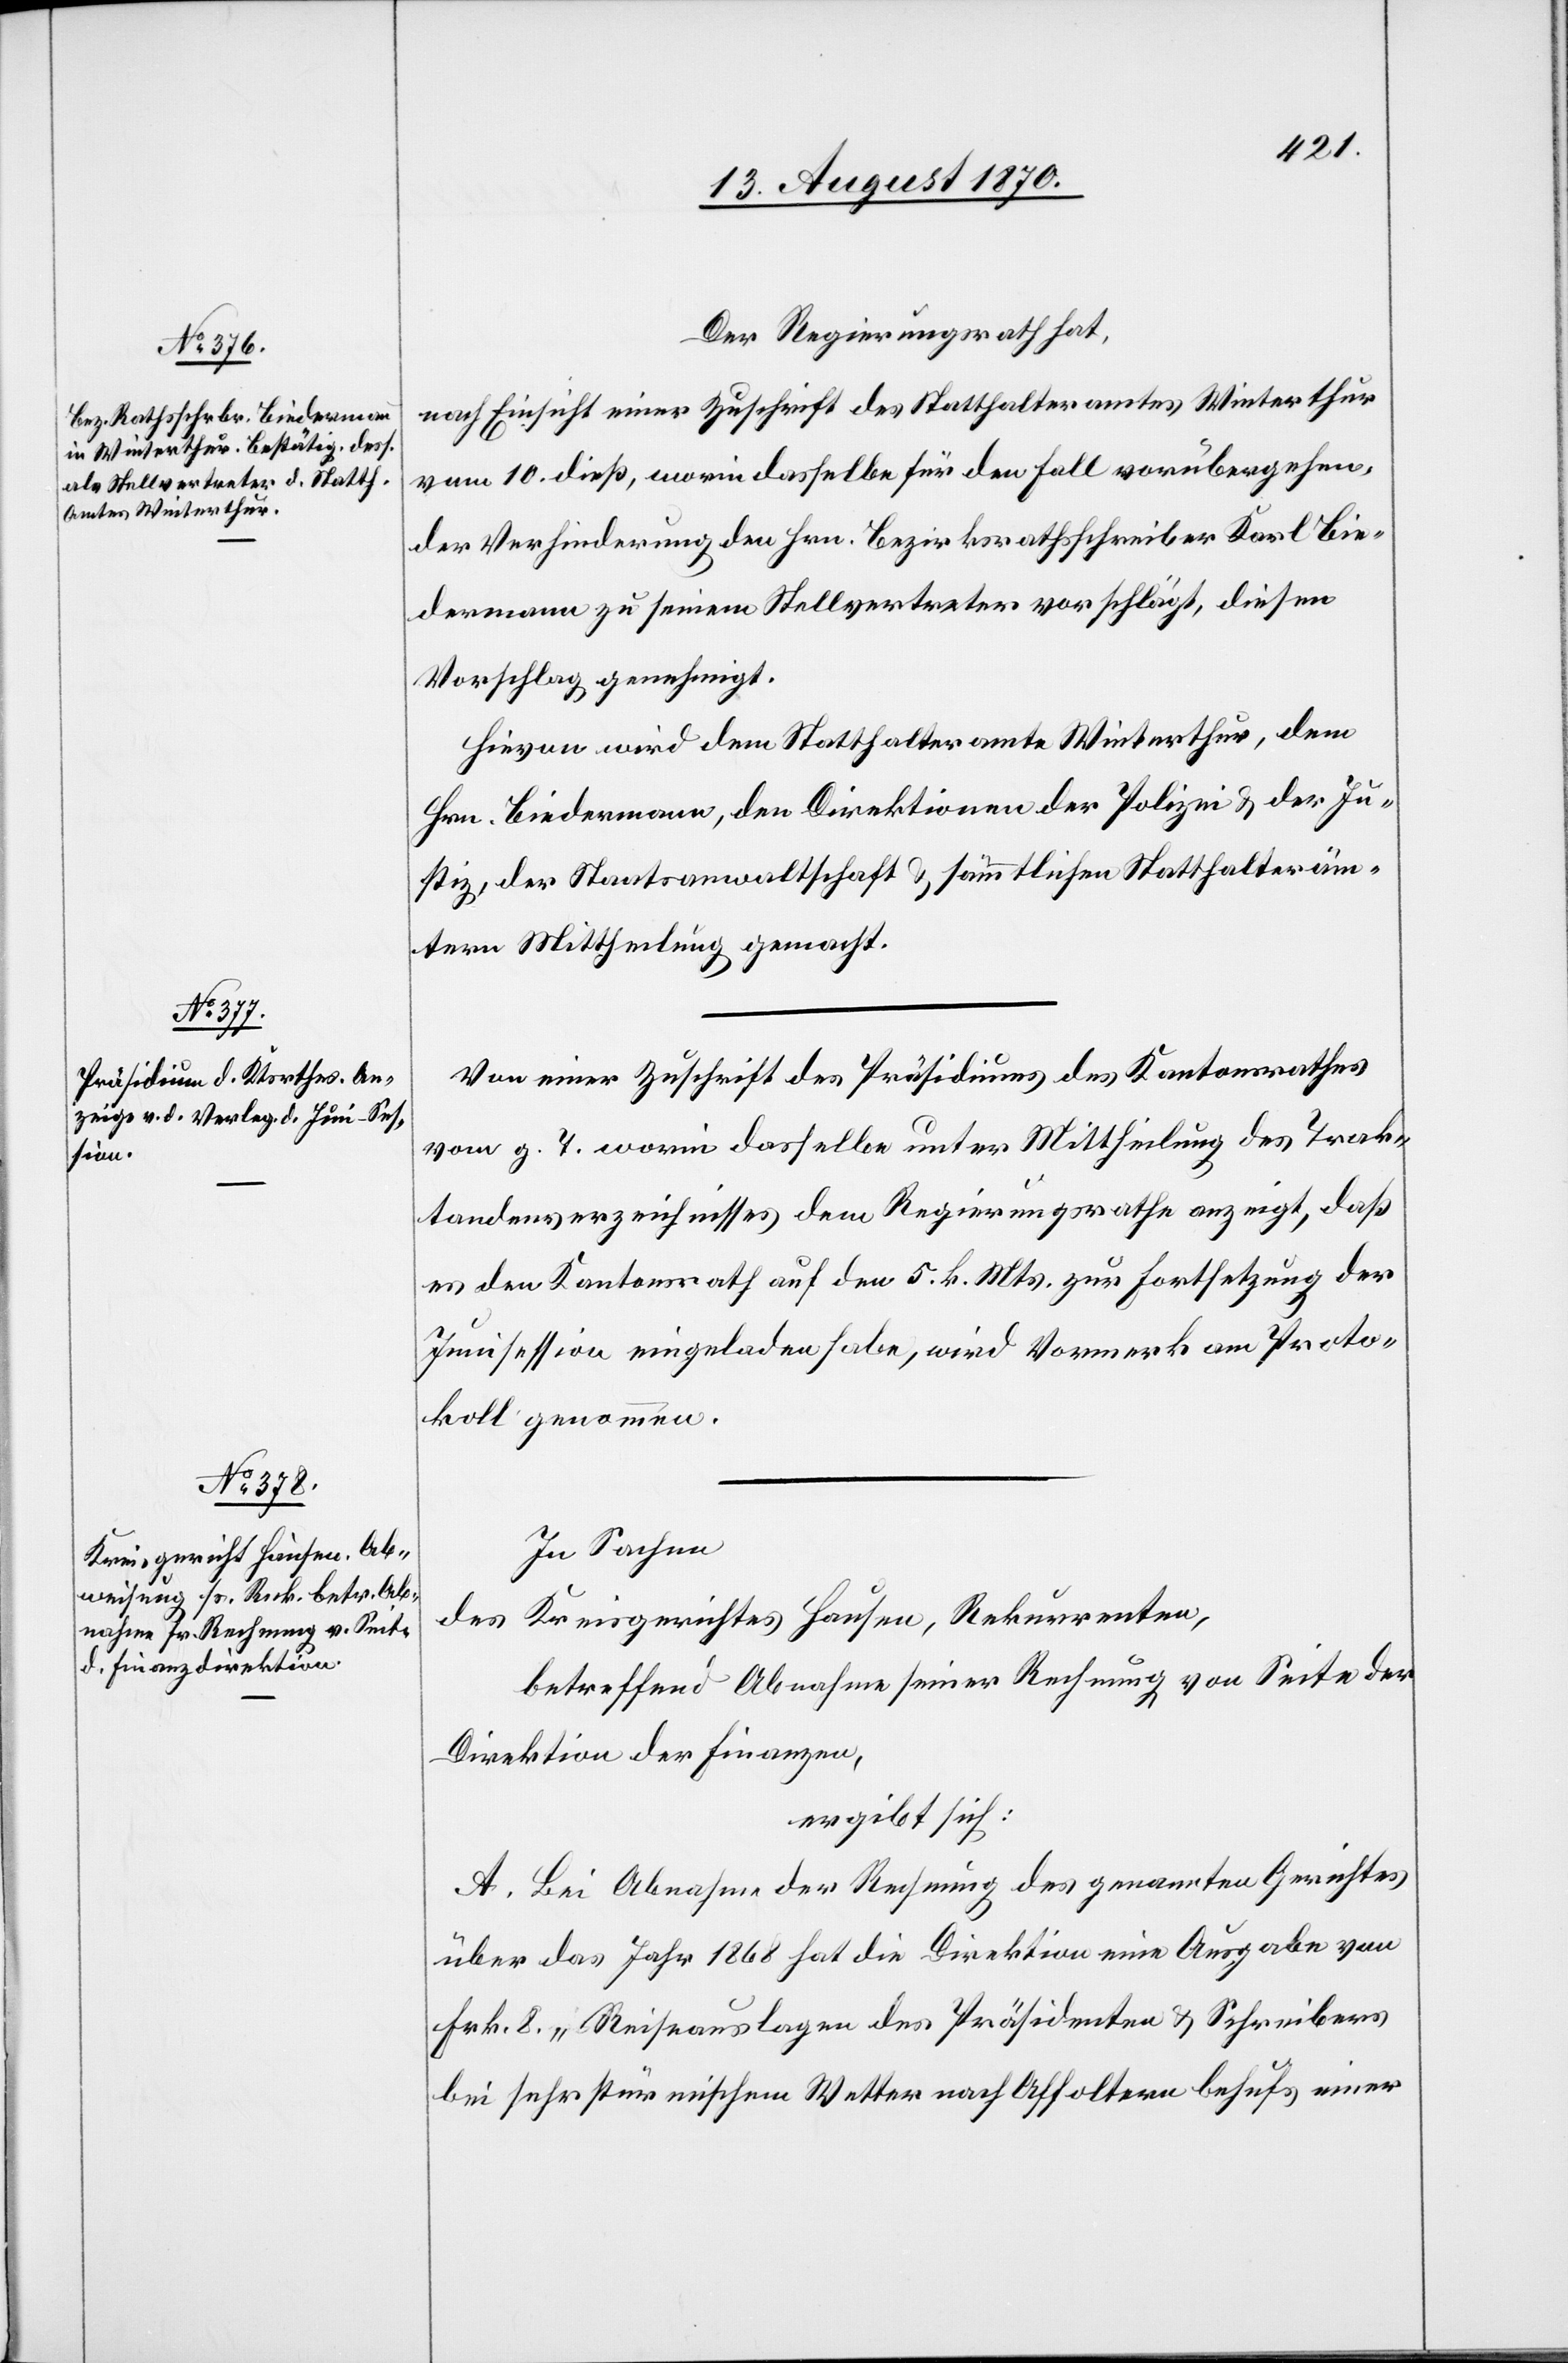
Der Regierungsrath hat,
nach Einsicht einer Zuschrift des Statthalteramtes Winterthur
vom 10. dieß, worin dasselbe für den Fall vorübergehen¬
der Verhinderung den Hrn. Bezirksrathsschreiber Karl Bie¬
dermann zu seinem Stellvertreter vorschlägt, diesen
Vorschlag genehmigt.
Hievon wird dem Statthalteramte Winterthur, dem
Hrn. Biedermann, den Direktionen der Polizei & der Ju¬
stiz, der Staatsanwaltschaft & sämmtlichen Statthalteräm¬
tern Mittheilung gemacht.
Von einer Zuschrift des Präsidiums des Kantonsrathes
vom g. T. worin dasselbe unter Mittheilung des Trak¬
tandenverzeichnisses dem Regierungsrathe anzeigt, daß
es dem Kantonsrath auf den 5. k. Mts. zur Fortsetzung der
Junisession eingeladen habe, wird Vormerk am Proto¬
koll genommen.
In Sachen
des Kreisgerichtes Hausen, Rekurrenten,
betreffend Abnahme seiner Rechnung von Seite der
Direktion der Finanzen,
ergibt sich:
A. Bei Abnahme der Rechnung des genannten Gerichtes
über das Jahr 1868 hat die Direktion eine Ausgabe von
Frk. 8 „Reiseauslagen des Präsidenten & Schreibers
bei sehr stürmischem Wetter nach Affoltern behufs einer